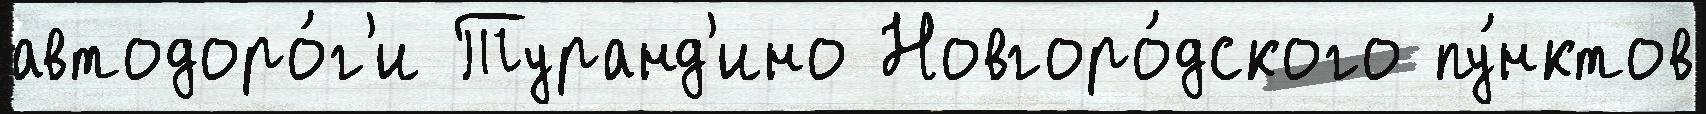
автодоро́г'и Туранд'ино Новгоро́дского пу́нктов